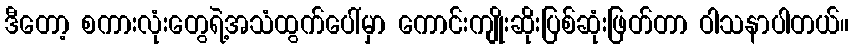
ဒီတော့ စကားလုံးတွေရဲ့အသံထွက်ပေါ်မှာ ကောင်းကျိုးဆိုးပြစ်ဆုံးဖြတ်တာ ဝါသနာပါတယ်။